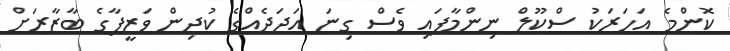
ކޮންމެ އަހަރަކު ސްކޫލް ނިންމާފައި ވެސް ގިނަ އަދަދެއްގެ ކުދިން ވަޒީފާގެ ބާޒާރަށް